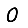
Digit: 0